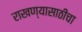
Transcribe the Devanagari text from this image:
राखण्यासाठीचा